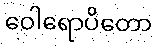
ဝေါရောပိတော